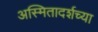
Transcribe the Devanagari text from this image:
अस्मितादर्शच्या